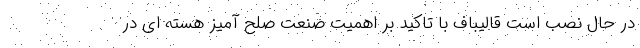
در حال نصب است قالیباف با تاکید بر اهمیت صنعت صلح آمیز هسته ای در